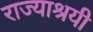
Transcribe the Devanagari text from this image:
राज्याश्रयी